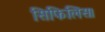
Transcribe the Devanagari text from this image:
सिफिलिस।